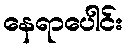
နေရာပေါင်း